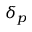
\delta _ { p }